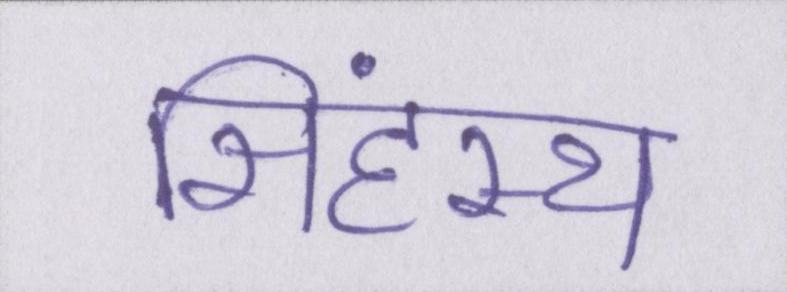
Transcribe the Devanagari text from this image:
सिंहस्थ